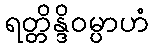
ရတ္တိန္ဒိဝမ္ပာဟံ